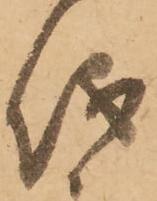
儀